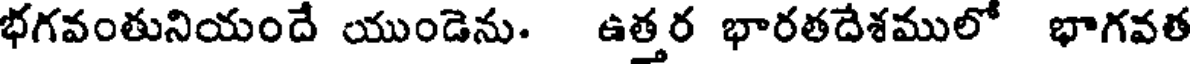
భగవంతునియందే యుండెను. ఉత్తర భారతదేశములో భాగవత